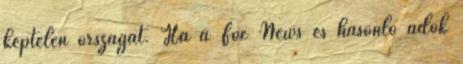
képtelen országát. Ha a Fox News és hasonló adók